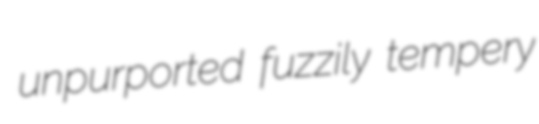
unpurported fuzzily tempery